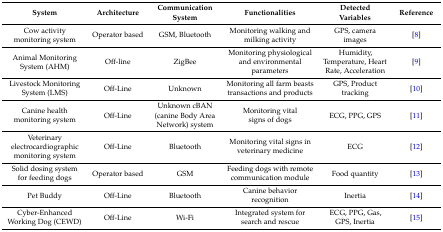
<table><thead><tr><td><b>System</b></td><td><b>Architecture</b></td><td><b>Communication System</b></td><td><b>Functionalities</b></td><td><b>Detected Variables</b></td><td><b>Reference</b></td></tr></thead><tbody><tr><td>Cow activity monitoring system</td><td>Operator based</td><td>GSM, Bluetooth</td><td>Monitoring walking and milking activity</td><td>GPS, camera images</td><td>[8]</td></tr><tr><td>Animal Monitoring System (AHM)</td><td>Off-line</td><td>ZigBee</td><td>Monitoring physiological and environmental parameters</td><td>Humidity, Temperature, Heart Rate, Acceleration</td><td>[9]</td></tr><tr><td>Livestock Monitoring System (LMS)</td><td>Off-Line</td><td>Unknown</td><td>Monitoring all farm beasts transactions and products</td><td>GPS, Product tracking</td><td>[10]</td></tr><tr><td>Canine health monitoring system</td><td>Off-Line</td><td>Unknown cBAN (canine Body Area Network) system</td><td>Monitoring vital signs of dogs</td><td>ECG, PPG, GPS</td><td>[11]</td></tr><tr><td>Veterinary electrocardiographic monitoring system</td><td>Off-Line</td><td>Bluetooth</td><td>Monitoring vital signs in veterinary medicine</td><td>ECG</td><td>[12]</td></tr><tr><td>Solid dosing system for feeding dogs</td><td>Operator based</td><td>GSM</td><td>Feeding dogs with remote communication module</td><td>Food quantity</td><td>[13]</td></tr><tr><td>Pet Buddy</td><td>Off-Line</td><td>Bluetooth</td><td>Canine behavior recognition</td><td>Inertia</td><td>[14]</td></tr><tr><td>Cyber-Enhanced Working Dog (CEWD)</td><td>Off-Line</td><td>Wi-Fi</td><td>Integrated system for search and rescue</td><td>ECG, PPG, Gas, GPS, Inertia</td><td>[15]</td></tr></tbody></table>